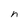
Character: n